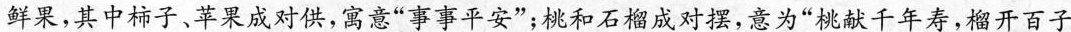
鲜果，其中柿子、苹果成对供，寓意”事事平安”；桃和石榴成对摆，意为”桃献千年寿，榴开百子